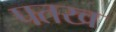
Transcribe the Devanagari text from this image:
पतख